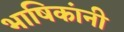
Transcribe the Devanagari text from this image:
भाषिकांनी